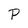
Character: P